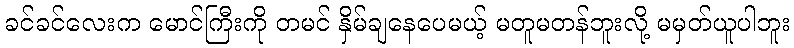
ခင်ခင်လေးက မောင်ကြီးကို တမင် နှိမ်ချနေပေမယ့် မတူမတန်ဘူးလို့ မမှတ်ယူပါဘူး